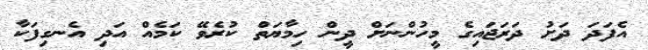
އެފަދަ ދަށު ދަރަޖައިގެ މީހުންނަށް ދީން ހިމާޔަތް ކުރެވޭ ކަމެއް އަދި އެނގިފަކާ